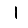
Digit: 1